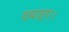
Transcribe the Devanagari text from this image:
दबाइए।